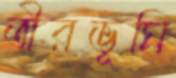
তীরভূমি